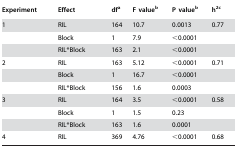
<table><thead><tr><td><b>Experiment</b></td><td><b>Effect</b></td><td><b>dfa</b></td><td><b>F valueb</b></td><td><b>P valueb</b></td><td><b>h<sup>2</sup>c</b></td></tr></thead><tbody><tr><td>1</td><td>RIL</td><td>164</td><td>10.7</td><td>0.0013</td><td>0.77</td></tr><tr><td>[EMPTY_CELL]</td><td>Block</td><td>1</td><td>7.9</td><td>&lt;0.0001</td><td>[EMPTY_CELL]</td></tr><tr><td>[EMPTY_CELL]</td><td>RIL*Block</td><td>163</td><td>2.1</td><td>&lt;0.0001</td><td>[EMPTY_CELL]</td></tr><tr><td>2</td><td>RIL</td><td>163</td><td>5.12</td><td>&lt;0.0001</td><td>0.71</td></tr><tr><td>[EMPTY_CELL]</td><td>Block</td><td>1</td><td>16.7</td><td>&lt;0.0001</td><td>[EMPTY_CELL]</td></tr><tr><td>[EMPTY_CELL]</td><td>RIL*Block</td><td>156</td><td>1.6</td><td>0.0003</td><td>[EMPTY_CELL]</td></tr><tr><td>3</td><td>RIL</td><td>164</td><td>3.5</td><td>&lt;0.0001</td><td>0.58</td></tr><tr><td>[EMPTY_CELL]</td><td>Block</td><td>1</td><td>1.5</td><td>0.23</td><td>[EMPTY_CELL]</td></tr><tr><td>[EMPTY_CELL]</td><td>RIL*Block</td><td>163</td><td>1.6</td><td>0.0001</td><td>[EMPTY_CELL]</td></tr><tr><td>4</td><td>RIL</td><td>369</td><td>4.76</td><td>&lt;0.0001</td><td>0.68</td></tr></tbody></table>